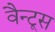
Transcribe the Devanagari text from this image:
वैन्टूस